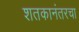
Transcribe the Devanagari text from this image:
शतकानंतरचा